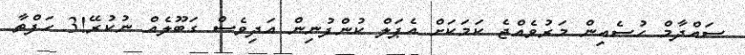
ސައްދާމް ހުސެއިން މަރުވެއްޖެ ކަމަކަށް އެޕަލް ކުންފުނިން އަދިވެސް ގަބޫލެއް ނުކުރޭ!3 ހަފްތާ